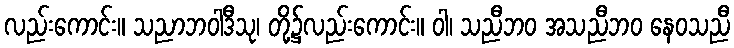
လည်းကောင်း။ သညာဘဝါဒီသု၊ တို့၌လည်းကောင်း။ ဝါ၊ သညီဘဝ အသညီဘဝ နေဝသညီ